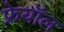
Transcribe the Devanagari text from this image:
फ्रेयॉल